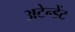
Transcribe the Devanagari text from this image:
अटेन्डेंट